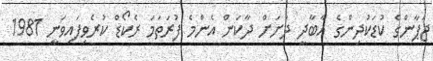
ޖަޕާންގެ ކުޑަކުދިންގެ އާބާދީ ދަށަށް ދާކަން އެންމެ ފުރަތަމަ ރެކޯޑް ކުރެވިފައިވަނީ 1981